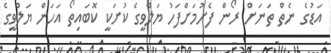
އަޑުގެ ނެތް ތަނަށް ރޯން ފެށުމަށްފަހު ޔަލްވީގެ ކުށަކީ ކޮބައިތޯ އަހަން ޔަލްވީގެ